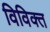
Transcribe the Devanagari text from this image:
विविक्त